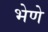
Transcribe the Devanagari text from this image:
भेणे